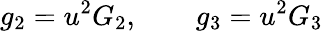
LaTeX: g_{2}=u^{2}G_{2},\qquad g_{3}=u^{2}G_{3}